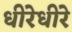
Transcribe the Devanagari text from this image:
धीरेधीरे